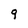
Character: g